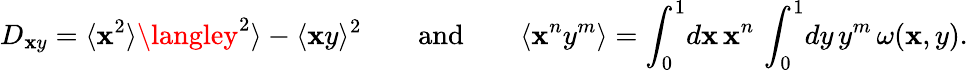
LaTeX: D_{\mathbf{x}y}=\langle\mathbf{x}^{2}\rangle\langley^{2}\rangle-\langle\mathbf{x}y\rangle^{2}\qquad\mathrm{{and}}\qquad\langle\mathbf{x}^{n}y^{m}\rangle=\int_{0}^{1}\! d\mathbf{x}\, \mathbf{x}^{n}\, \int_{0}^{1}\! dy\, y^{m}\, \omega(\mathbf{x},y).